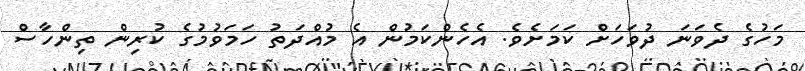
މަހުގެ ދެވަނަ ދުވަހަށް ކަމަށެވެ. އެހެންކަމުން އެ މުއްދަތު ހަމަވުމުގެ ކުރިން ތިންހާސް